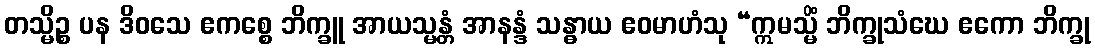
တသ္မိဉ္စ ပန ဒိဝသေ ဧကစ္စေ ဘိက္ခူ အာယသ္မန္တံ အာနန္ဒံ သန္ဓာယ ဧဝမာဟံသု “ဣမသ္မိံ ဘိက္ခုသံဃေ ဧကော ဘိက္ခု